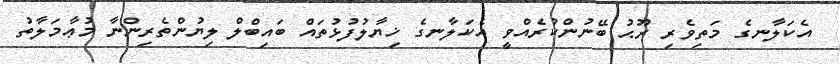
އެކަލާނގެ މަތިވެރި ރޫޙު ބޭނުންކުރެއްވީ އެކަލާނގެ ޚިޔާލުފުޅުތައް ބައިބްލް ލިޔުންތެރިންނާ މުޢާމަލާތު